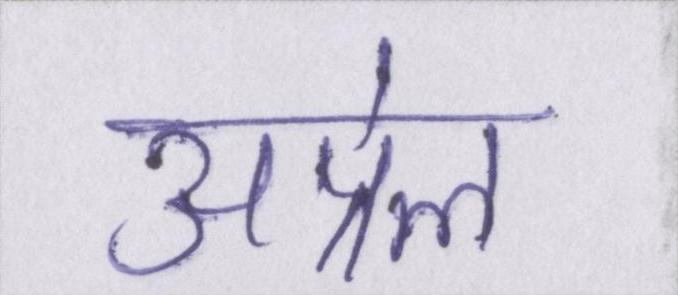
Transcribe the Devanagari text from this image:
अप्रेल